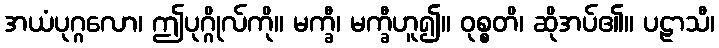
အယံပုဂ္ဂလော၊ ဤပုဂ္ဂိုလ်ကို။ မက္ခီ၊ မက္ခီဟူ၍။ ဝုစ္စတိ၊ ဆိုအပ်၏။ ပဠာသီ၊